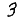
Digit: 3